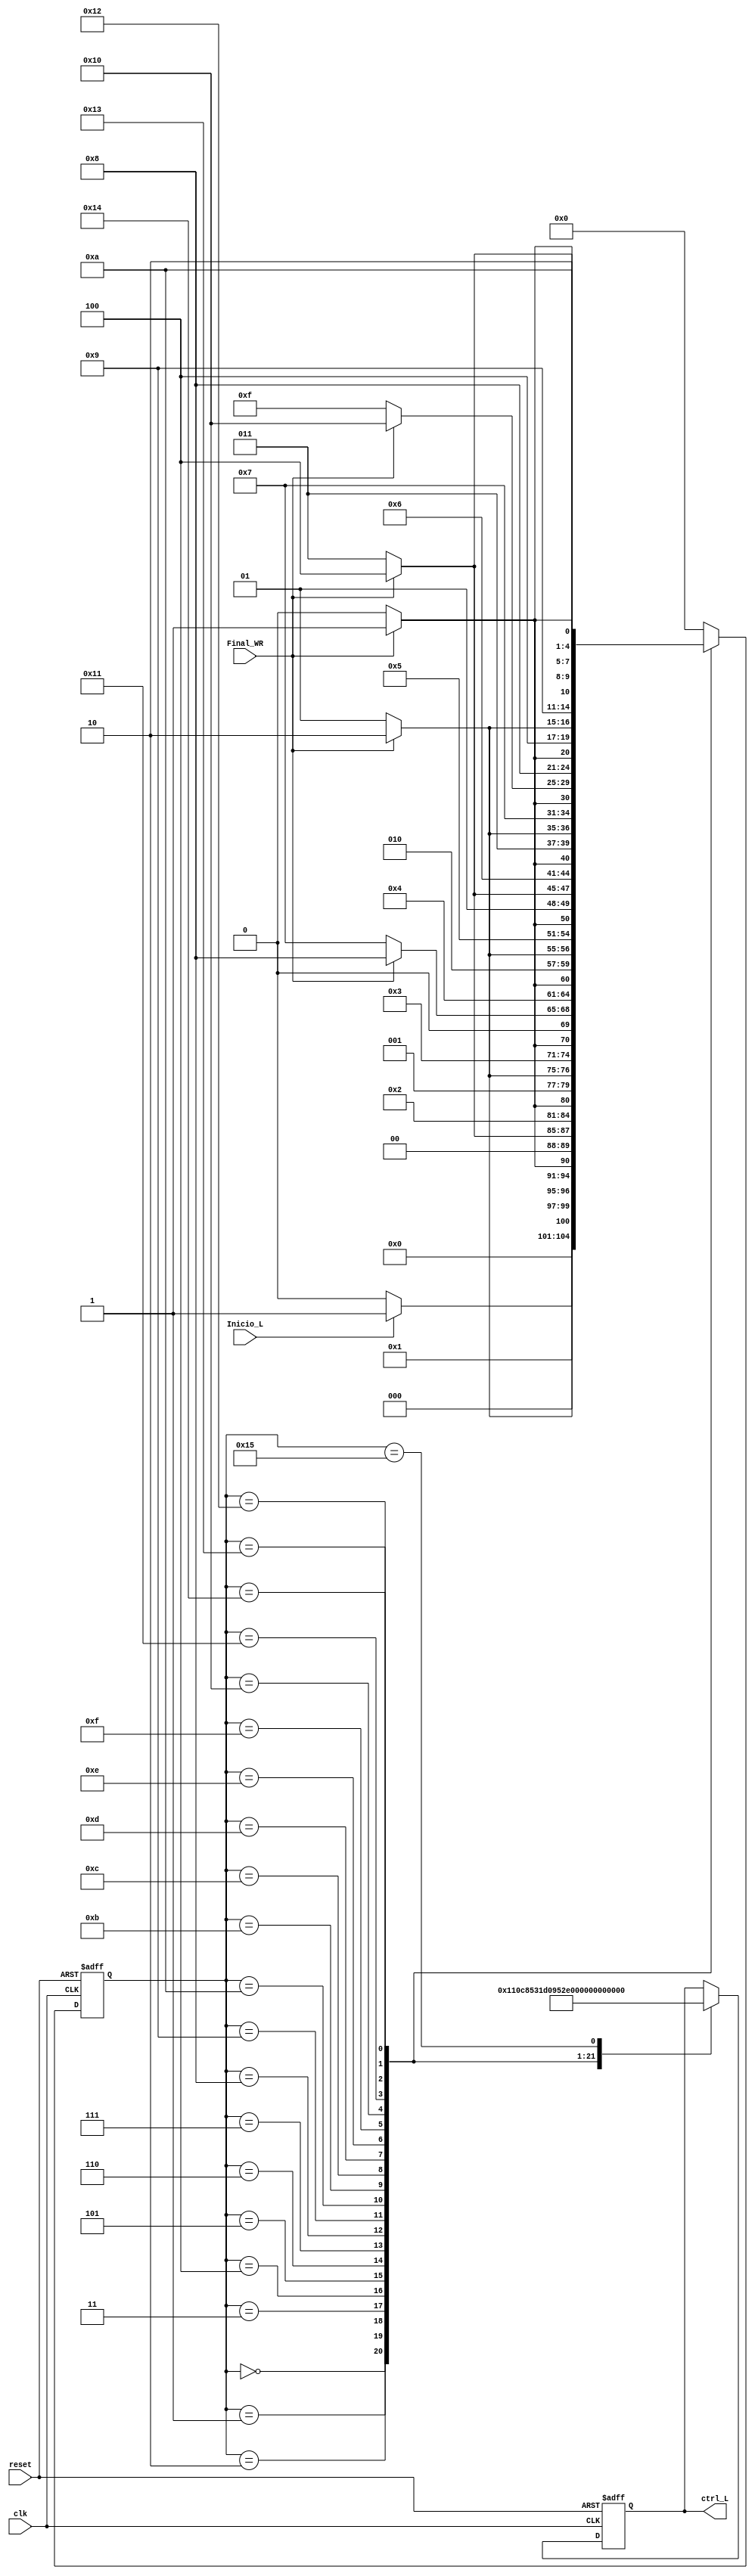
`timescale 1ns / 1ps
//////////////////////////////////////////////////////////////////////////////////
// Company: 
// 
// Design Name: 
// Module Name:    FMS_lectura 
// Project Name: 
// Target Devices: 
// Tool versions: 
// Description: 
//
// Dependencies: 
//
// Revision: 
// Revision 0.01 - File Created
// Additional Comments: 
//
//////////////////////////////////////////////////////////////////////////////////
module FMS_lectura(
    input wire Inicio_L, clk, reset, Final_WR,
	 output wire [4:0] ctrl_L
	 );
	 
	 reg [4:0] control_A,control_N;
	 reg [4:0] Est_Actual,Est_Sig;
	 localparam [4:0] a=5'b00000,b=5'b00001,c=5'b00010,d=5'b00011,e=5'b00100,f=5'b00101,g=5'b00110,h=5'b00111,i=5'b01000,j=5'b01001,k=5'b01010,l=5'b01011,m=5'b01100,n=5'b01101,o=5'b01110,p=5'b01111,q=5'b10000,r=5'b10001,s=5'b10010,t=5'b10011,u=5'b10100,v=5'b10101;
	 
always @ (posedge clk, posedge reset)
	begin 
		if (reset)
			begin
			Est_Actual=5'b0;
			control_A=5'b0;
			end
		else
			begin
			Est_Actual=Est_Sig;
			control_A=control_N;
			end
	end 

always @* 
	begin
	Est_Sig=Est_Actual;
	control_N=control_A;
	case(Est_Actual)
			a:
			begin
			   control_N=5'b00000;
				if (Inicio_L)
					begin
					Est_Sig=b;
					end
				else
					begin
					Est_Sig=a;
					end 
			end 
			
			b:
			begin 
				control_N=5'b00001;
				if (Final_WR)
					begin
					Est_Sig=c;
					end
				else
					begin
					Est_Sig=b;
					end
			end
			c:
			begin 
				control_N=5'b00010;
				if (Final_WR)
					begin
					Est_Sig=d;
					end
				else
					begin
					Est_Sig=c;
					end
			end
			
			d:
			begin 
				control_N=5'b00011;
				if (Final_WR)
					begin
					Est_Sig=e;
					end
				else
					begin
					Est_Sig=d;
					end
			end
			
			e:
			begin 
				control_N=5'b00100;
				if (Final_WR)
					begin
					Est_Sig=f;
					end
				else
					begin
					Est_Sig=e;
					end
			end
					
			f:
			begin 
				control_N=5'b00101;
				if (Final_WR)
					begin
					Est_Sig=g;
					end
				else
					begin
					Est_Sig=f;
					end
			end
			
			g:
			begin 
				control_N=5'b00110;
				if (Final_WR)
					begin
					Est_Sig=h;
					end
				else
					begin
					Est_Sig=g;
					end
			end
			
			h:
			begin 
				control_N=5'b00111;
				if (Final_WR)
					begin
					Est_Sig=i;
					end
				else
					begin
					Est_Sig=h;
					end
			end
			
			i:
			begin 
				control_N=5'b01000;
				if (Final_WR)
					begin
					Est_Sig=j;
					end
				else
					begin
					Est_Sig=i;
					end
			end
			
			j:
			begin 
				control_N=5'b01001;
				if (Final_WR)
					begin
					Est_Sig=k;
					end
				else
					begin
					Est_Sig=j;
					end
			end
			
			k:
			begin 
				control_N=5'b01010;
				if (Final_WR)
					begin
					Est_Sig=l;
					end
				else
					begin
					Est_Sig=k;
					end
			end
			
			l:
			begin 
				control_N=5'b01011;
				if (Final_WR)
					begin
					Est_Sig=m;
					end
				else
					begin
					Est_Sig=l;
					end
			end
			
			m:
			begin 
				control_N=5'b01100;
				if (Final_WR)
					begin
					Est_Sig=n;
					end
				else
					begin
					Est_Sig=m;
					end
			end
			
			n:
			begin 
				control_N=5'b01101;
				if (Final_WR)
					begin
					Est_Sig=o;
					end
				else
					begin
					Est_Sig=n;
					end
			end
			
			o:
			begin 
				control_N=5'b01110;
				if (Final_WR)
					begin
					Est_Sig=p;
					end
				else
					begin
					Est_Sig=o;
					end
			end
			
			p:
			begin 
				control_N=5'b01111;
				if (Final_WR)
					begin
					Est_Sig=q;
					end
				else
					begin
					Est_Sig=p;
					end
			end
			
			q:
			begin 
				control_N=5'b10000;
				if (Final_WR)
					begin
					Est_Sig=r;
					end
				else
					begin
					Est_Sig=q;
					end
			end
			
			r:
			begin 
				control_N=5'b10001;
				if (Final_WR)
					begin
					Est_Sig=s;
					end
				else
					begin
					Est_Sig=r;
					end
			end
			
			s:
			begin 
				control_N=5'b10010;
				if (Final_WR)
					begin
					Est_Sig=t;
					end
				else
					begin
					Est_Sig=s;
					end
			end
			
			t:
			begin 
				control_N=5'b10011;
				if (Final_WR)
					begin
					Est_Sig=u;
					end
				else
					begin
					Est_Sig=t;
					end
			end
			
			u:
			begin 
				control_N=5'b10100;
				if (Final_WR)
					begin
					Est_Sig=v;
					end
				else
					begin
					Est_Sig=u;
					end
			end
			
			v:
				begin 
				control_N=5'b10101;
				Est_Sig=a;
				end
			
			default:Est_Sig=a;
			endcase
		
		end
				
assign ctrl_L = control_A;

endmodule